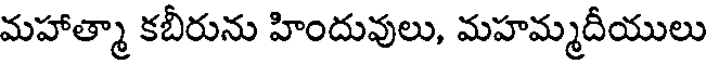
మహాత్మా కబీరును హిందువులు, మహమ్మదీయులు